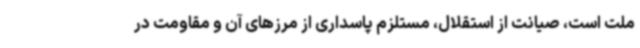
ملت است، صیانت از استقلال، مستلزم پاسداری از مرزهای آن و مقاومت در